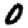
Digit: 0